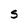
Character: S